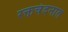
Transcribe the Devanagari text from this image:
रक्तचंदनात